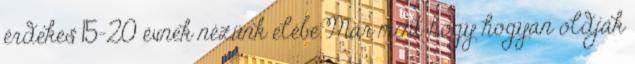
érdekes 15-20 évnek nézünk elébe.Már mint hogy hogyan oldják